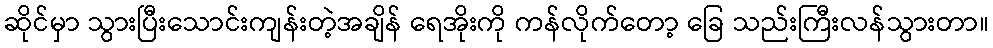
ဆိုင်မှာ သွားပြီးသောင်းကျန်းတဲ့အချိန် ရေအိုးကို ကန်လိုက်တော့ ခြေ သည်းကြီးလန်သွားတာ။